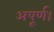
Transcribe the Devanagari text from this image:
अपूर्ण।